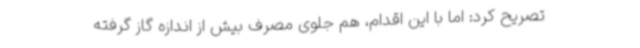
تصریح کرد: اما با این اقدام، هم جلوی مصرف بیش از اندازه گاز گرفته